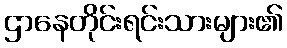
ဌာနေတိုင်းရင်းသားများ၏